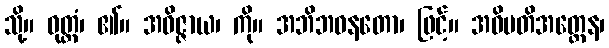
သို့။ ဝုတ္တံ၊ ၏။ အဝိဇ္ဇာယ၊ ကို။ အဘိဘဝနတော၊ ဖြင့်။ အဓိပတိအတ္ထေန၊